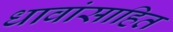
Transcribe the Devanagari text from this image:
धावांसाहित